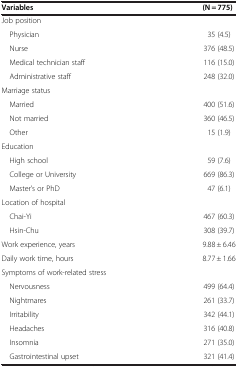
| Variables | (N = 775) |
 | --- | --- |
 | Job position |  |
 | Physician | 35 (4.5) |
 | Nurse | 376 (48.5) |
 | Medical technician staff | 116 (15.0) |
 | Administrative staff | 248 (32.0) |
 | Marriage status |  |
 | Married | 400 (51.6) |
 | Not married | 360 (46.5) |
 | Other | 15 (1.9) |
 | Education |  |
 | High school | 59 (7.6) |
 | College or University | 669 (86.3) |
 | Master’s or PhD | 47 (6.1) |
 | Location of hospital |  |
 | Chai-Yi | 467 (60.3) |
 | Hsin-Chu | 308 (39.7) |
 | Work experience, years | 9.88 ± 6.46 |
 | Daily work time, hours | 8.77 ± 1.66 |
 | Symptoms of work-related stress |  |
 | Nervousness | 499 (64.4) |
 | Nightmares | 261 (33.7) |
 | Irritability | 342 (44.1) |
 | Headaches | 316 (40.8) |
 | Insomnia | 271 (35.0) |
 | Gastrointestinal upset | 321 (41.4) |